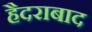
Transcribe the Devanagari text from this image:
हैैदराबाद